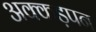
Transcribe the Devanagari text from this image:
अक्कड़पन